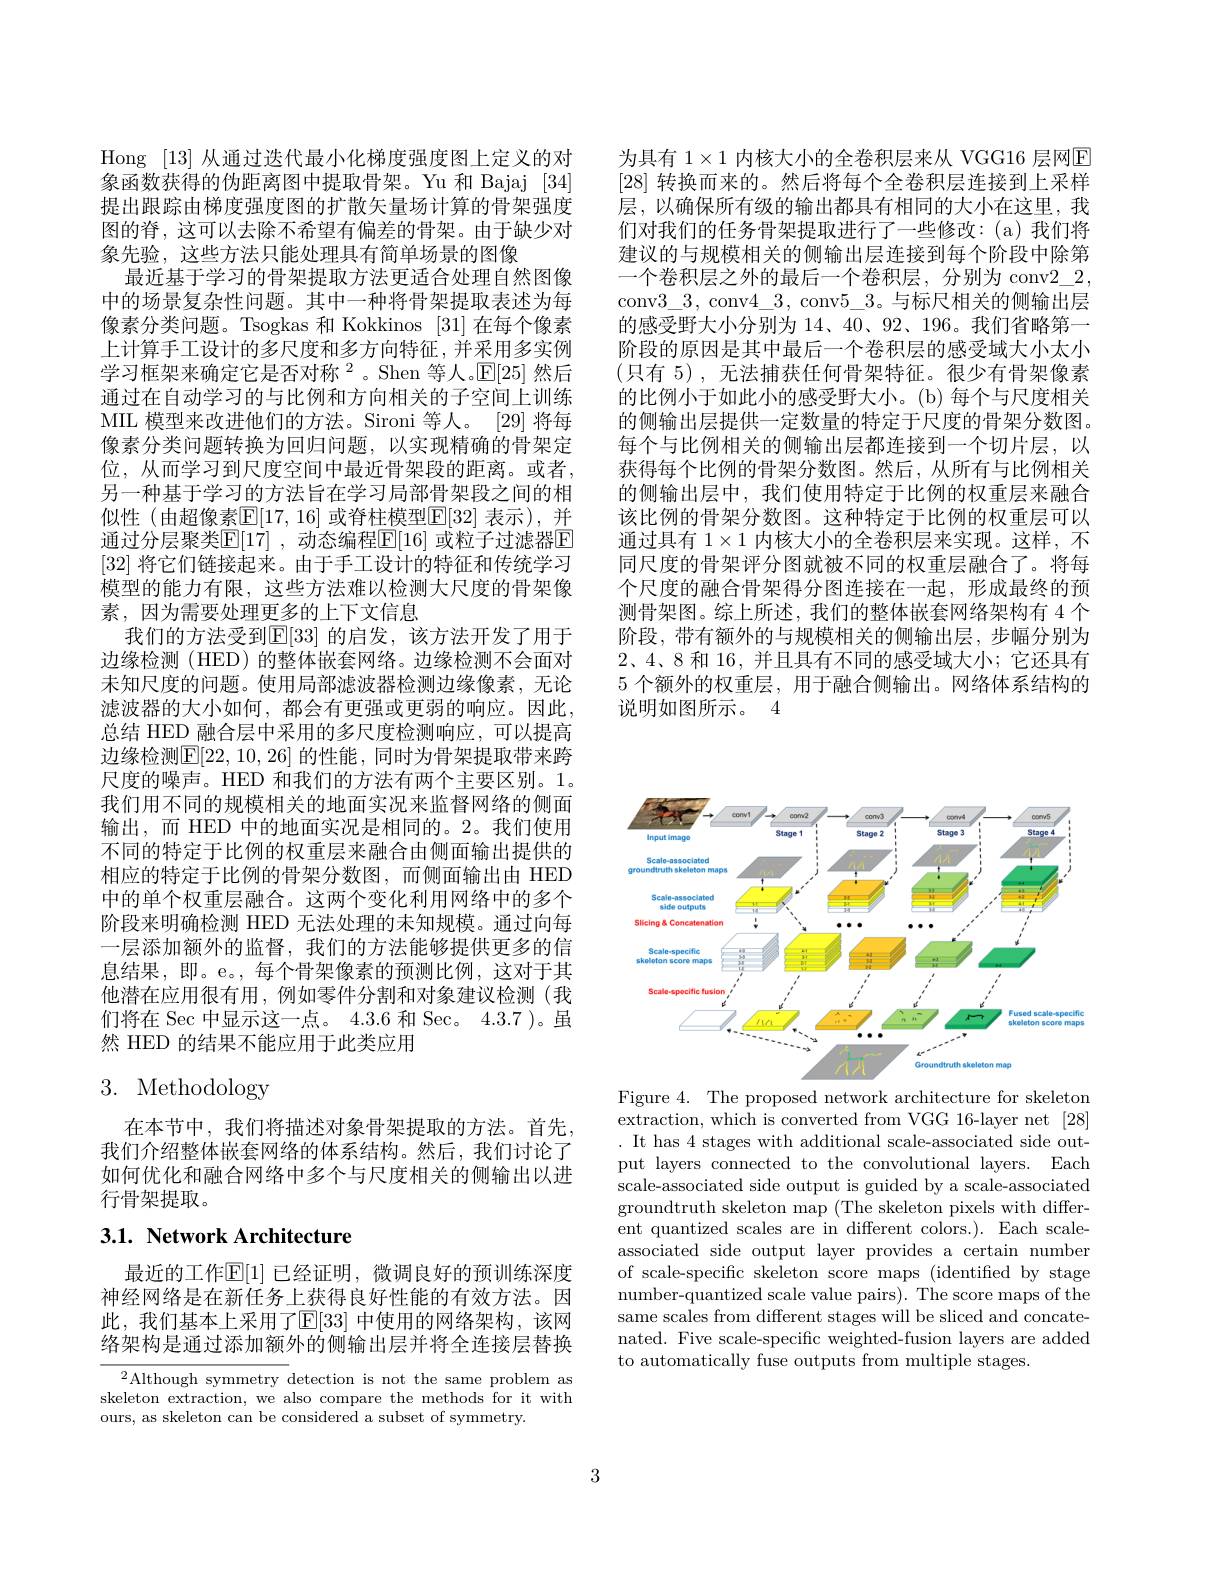
为具有 $1\times1$ 内核大小的全卷积层来从 VGG16 层网$\overline{\mathrm{E}}$ [28]转换而来的。然后将每个全卷积层连接到上采样层，以确保所有级的输出都具有相同的大小在这里，我们对我们的任务骨架提取进行了一些修改：(a)我们将建议的与规模相关的侧输出层连接到每个阶段中除第一个卷积层之外的最后一个卷积层，分别为 conv$2\_2$, conv$3\_3$, conv$4\_3$, conv$5\_3$。与标尺相关的侧输出层的感受野大小分别为 14、40、92、196。我们省略第一阶段的原因是其中最后一个卷积层的感受域大小太小(只有 5),无法捕获任何骨架特征。很少有骨架像素的比例小于如此小的感受野大小。(b)每个与尺度相关的侧输出层提供一定数量的特定于尺度的骨架分数图。每个与比例相关的侧输出层都连接到一个切片层，以获得每个比例的骨架分数图。然后，从所有与比例相关的侧输出层中，我们使用特定于比例的权重层来融合该比例的骨架分数图。这种特定于比例的权重层可以通过具有$1\times1$内核大小的全卷积层来实现。这样，不同尺度的骨架评分图就被不同的权重层融合了。将每个尺度的融合骨架得分图连接在一起，形成最终的预测骨架图。综上所述，我们的整体嵌套网络架构有 4 个阶段，带有额外的与规模相关的侧输出层，步幅分别为2、4、8 和 16,并且具有不同的感受域大小；它还具有5 个额外的权重层，用于融合侧输出。网络体系结构的说明如图所示。4

Hong [13]从通过迭代最小化梯度强度图上定义的对象函数获得的伪距离图中提取骨架。Yu 和 Bajaj [34] 提出跟踪由梯度强度图的扩散矢量场计算的骨架强度图的脊，这可以去除不希望有偏差的骨架。由于缺少对象先验，这些方法只能处理具有简单场景的图像
最近基于学习的骨架提取方法更适合处理自然图像中的场景复杂性问题。其中一种将骨架提取表述为每像素分类问题。Tsogkas 和 Kokkinos [31]在每个像素上计算手工设计的多尺度和多方向特征，并采用多实例学习框架来确定它是否对称$^2$。Shen 等人。$\mathbb{E}[25]$ 然后通过在自动学习的与比例和方向相关的子空间上训练MIL 模型来改进他们的方法。Sironi 等人。$\left|29\right|$将每像素分类问题转换为回归问题，以实现精确的骨架定位，从而学习到尺度空间中最近骨架段的距离。或者， 另一种基于学习的方法旨在学习局部骨架段之间的相似性(由超像素$\underline{\mathbb{E}}[17,16]$ 或脊柱模型$\underline{\mathbb{F}}[32]$ 表示),并通过分层聚类$\mathbb{E}[17]$ ,动态编程$\mathbb{E}[16]$ 或粒子过滤器$\mathbb{E}$ [32]将它们链接起来。由于手工设计的特征和传统学习模型的能力有限，这些方法难以检测大尺度的骨架像素，因为需要处理更多的上下文信息
我们的方法受到$\mathbb{E}[33]$ 的启发，该方法开发了用于边缘检测 (HED) 的整体嵌套网络。边缘检测不会面对未知尺度的问题。使用局部滤波器检测边缘像素，无论滤波器的大小如何，都会有更强或更弱的响应。因此， 总结 HED 融合层中采用的多尺度检测响应，可以提高边缘检测$\mathbb{E}[22,10,26]$ 的性能，同时为骨架提取带来跨尺度的噪声。HED 和我们的方法有两个主要区别。1。我们用不同的规模相关的地面实况来监督网络的侧面输出，而 HED 中的地面实况是相同的。2。我们使用不同的特定于比例的权重层来融合由侧面输出提供的相应的特定于比例的骨架分数图，而侧面输出由 HED 中的单个权重层融合。这两个变化利用网络中的多个阶段来明确检测 HED 无法处理的未知规模。通过向每一层添加额外的监督，我们的方法能够提供更多的信息结果，即。e。,每个骨架像素的预测比例，这对于其他潜在应用很有用，例如零件分割和对象建议检测(我们将在 Sec 中显示这一点。4.3.6 和 Sec。4.3.7 )。虽然 HED 的结果不能应用于此类应用

# 3. Methodology

在本节中，我们将描述对象骨架提取的方法。首先， 我们介绍整体嵌套网络的体系结构。然后，我们讨论了如何优化和融合网络中多个与尺度相关的侧输出以进行骨架提取。

# 3.1. Network Architecture

最近的工作$\mathbb{E}[1]$ 已经证明，微调良好的预训练深度神经网络是在新任务上获得良好性能的有效方法。因此，我们基本上采用了$\mathbb{E}[33]$ 中使用的网络架构，该网络架构是通过添加额外的侧输出层并将全连接层替换

$^{2}$Although symmetry detection is not the same problem as skeleton extraction, we also compare the methods for it with ours, as skeleton can be considered a subset of symmetry.

<FigureHere>

Figure 4. The proposed network architecture for skeleton extraction, which is converted from VGG 16-layer net [28] . It has 4 stages with additional scale-associated side output layers connected to the convolutional layers. Each scale-associated side output is guided by a scale-associated groundtruth skeleton map (The skeleton pixels with different quantized scales are in different colors.). Each scaleassociated side output layer provides a certain number of scale-specific skeleton score maps (identified by stage number-quantized scale value pairs). The score maps of the same scales from different stages will be sliced and concatenated. Five scale-specific weighted-fusion layers are added to automatically fuse outputs from multiple stages.

3